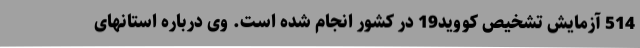
514 آزمایش تشخیص کووید19 در کشور انجام شده است. وی درباره استانهای